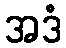
အဒံ